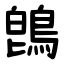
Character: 鵖